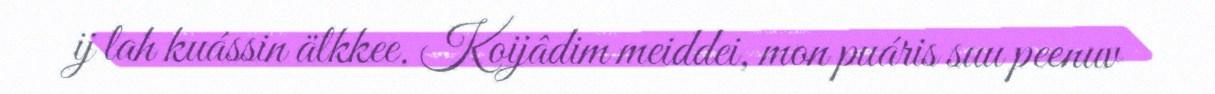
ij lah kuássin älkkee. Koijâdim meiddei, mon puáris suu peenuv